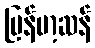
မြန်မာ့ဆန်